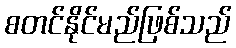
စတင်နိုင်မည်ဖြစ်သည်